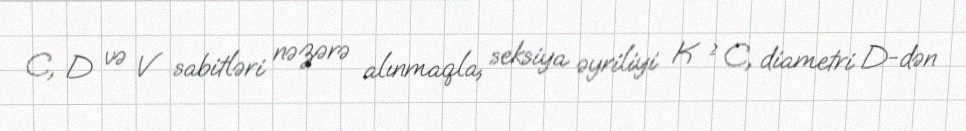
C, D və V sabitləri nəzərə alınmaqla, seksiya əyriliyi K ≥ C, diametri D-dən